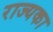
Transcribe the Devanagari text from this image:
राज्यका